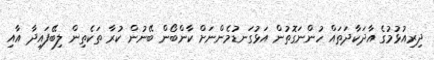
ދިރިއުޅުމުގެ އާދަކާދަތައް ހުންނަގޮތުން އަޅުގަނޑުމެންނަށް ކާންބޯން ބޭނުން ކުރާ ތަކެތިން ލިބޭފައިދާ އާއި